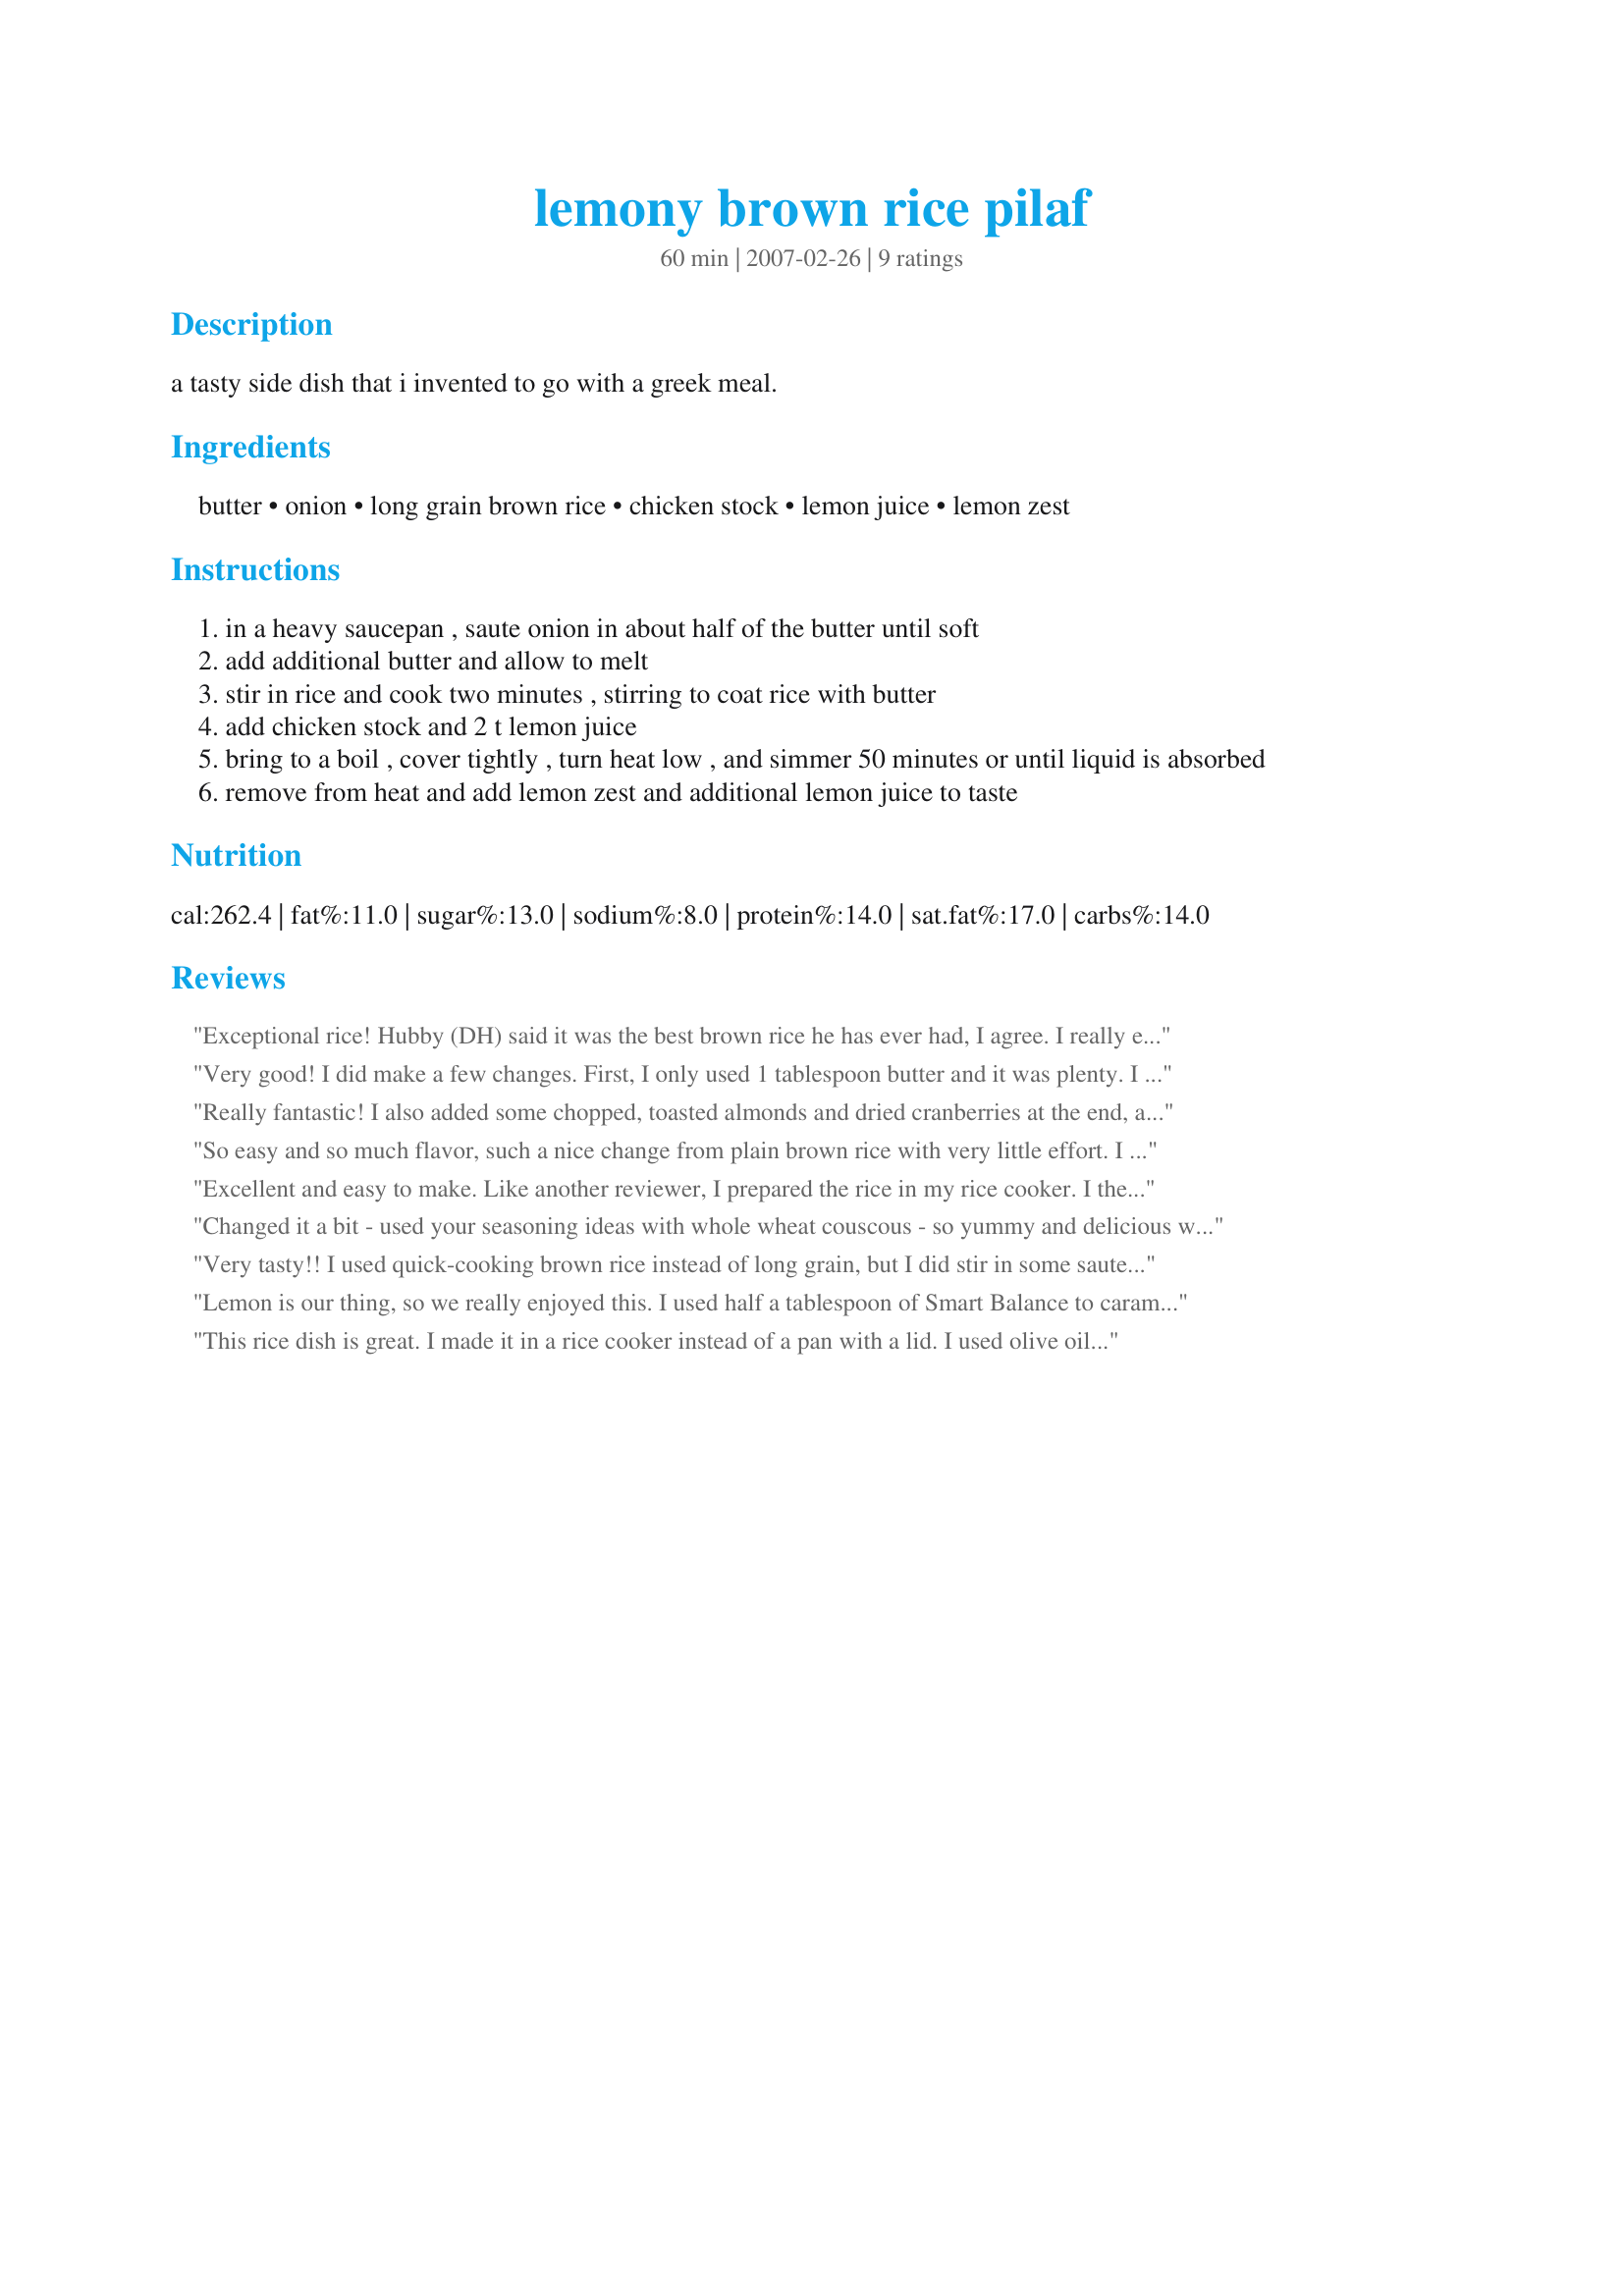
lemony brown rice pilaf
Preparation time: 60 minutes

a tasty side dish that i invented to go with a greek meal.

Ingredients:
butter, onion, long grain brown rice, chicken stock, lemon juice, lemon zest

Steps:
in a heavy saucepan , saute onion in about half of the butter until soft
add additional butter and allow to melt
stir in rice and cook two minutes , stirring to coat rice with butter
add chicken stock and 2 t lemon juice
bring to a boil , cover tightly , turn heat low , and simmer 50 minutes or until liquid is absorbed
remove from heat and add lemon zest and additional lemon juice to taste

Reviews:
Exceptional rice! Hubby (DH) said it was the best brown rice he has ever had, I agree. I really enjoyed the fact that it was a easy recipe to put together and the flavour was truly outstanding. Take the tip on covering the rice very tightly as it will make or break the dish. Thank you Gingernut
Very good! I did make a few changes. First, I only used 1 tablespoon butter and it was plenty.
I also used fat-free low sodium chicken broth just for dietary reasons. I found it took a little longer than 50 minutes, but maybe my lid wasn't tight enough at first (I was a little hesistant of the tea-towel trick because I didn't want anything igniting in flames..lol) but I eventually did put the tea towel on and turned it up a little. 
I also added 1/4 cup of toasted walnuts and it tasted great. Thanks gingernut!
Really fantastic! I also added some chopped, toasted almonds and dried cranberries at the end, and it tasted wonderful! Will make again!
So easy and so much flavor, such a nice change from plain brown rice with very little effort. I used the Uncle Ben's version which cooks up in 12 minutes but with the same directions here. Went perfectly with Recipe #199317 as the lemon accentuated the herbs de Provence in that dish. Thanks!
Excellent and easy to make. Like another reviewer, I prepared the rice in my rice cooker. I then added the rice and lemon zest to the butter, onions and lemon juice in the saucepan. I also added a little salt and pepper to taste. There was only one complaint from the peanut gallery -- I didn't make enough. I used this recipe as a side dish to go with Lemon Chicken Souvlaki #169357 (also very good)
Changed it a bit - used your seasoning ideas with whole wheat couscous - so yummy and delicious with our grilled chicken pitas. Thanks.
Very tasty!! I used quick-cooking brown rice instead of long grain, but I did stir in some sauteed onions with the lemon juice & zest. I served this with Lemon Garlic Broccoli (#132765). Will make again!
Lemon is our thing, so we really enjoyed this. I used half a tablespoon of Smart Balance to caramelize the onion. Agree with another reviewer, this serves more like 2-3 people, unless your meal includes a number of side dishes.
This rice dish is great. I made it in a rice cooker instead of a pan with a lid. I used olive oil instead of butter to saute the onion and rice, then added it to the rice cooker with vegetable broth (didn't have any chicken broth on hand) and lemon juice. When it was done, I added the lemon zest and it was fantastic! Thanks for the recipe.
